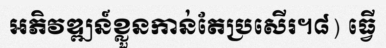
អភិវឌ្ឍន៍ខ្លួនកាន់តែប្រសើរ។៨) ធ្វើ